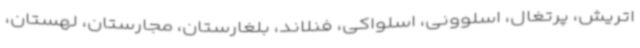
اتریش، پرتغال، اسلوونی، اسلواکی، فنلاند، بلغارستان، مجارستان، لهستان،